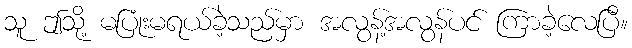
သူ ဤသို့ မပြုံးမရယ်ခဲ့သည်မှာ အလွန့်အလွန်ပင် ကြာခဲ့လေပြီ။